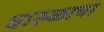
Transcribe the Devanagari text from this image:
वारुळाचा